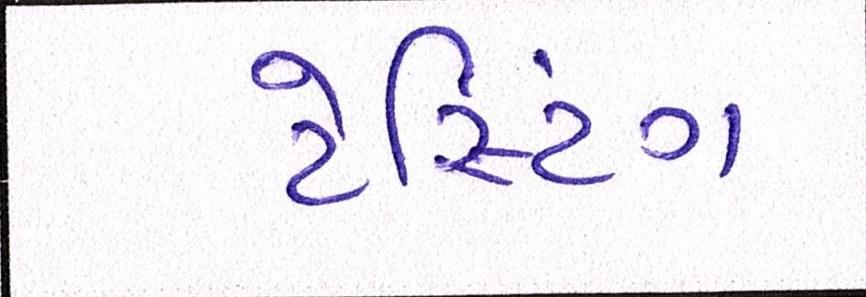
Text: ટેસ્ટિંગ